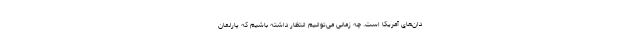
دان‌های آمریکا است. چه زمانی می‌توانیم انتظار داشته باشیم که پارلمان